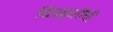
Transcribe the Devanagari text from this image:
चित्रकृतींची